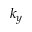
k _ { y }